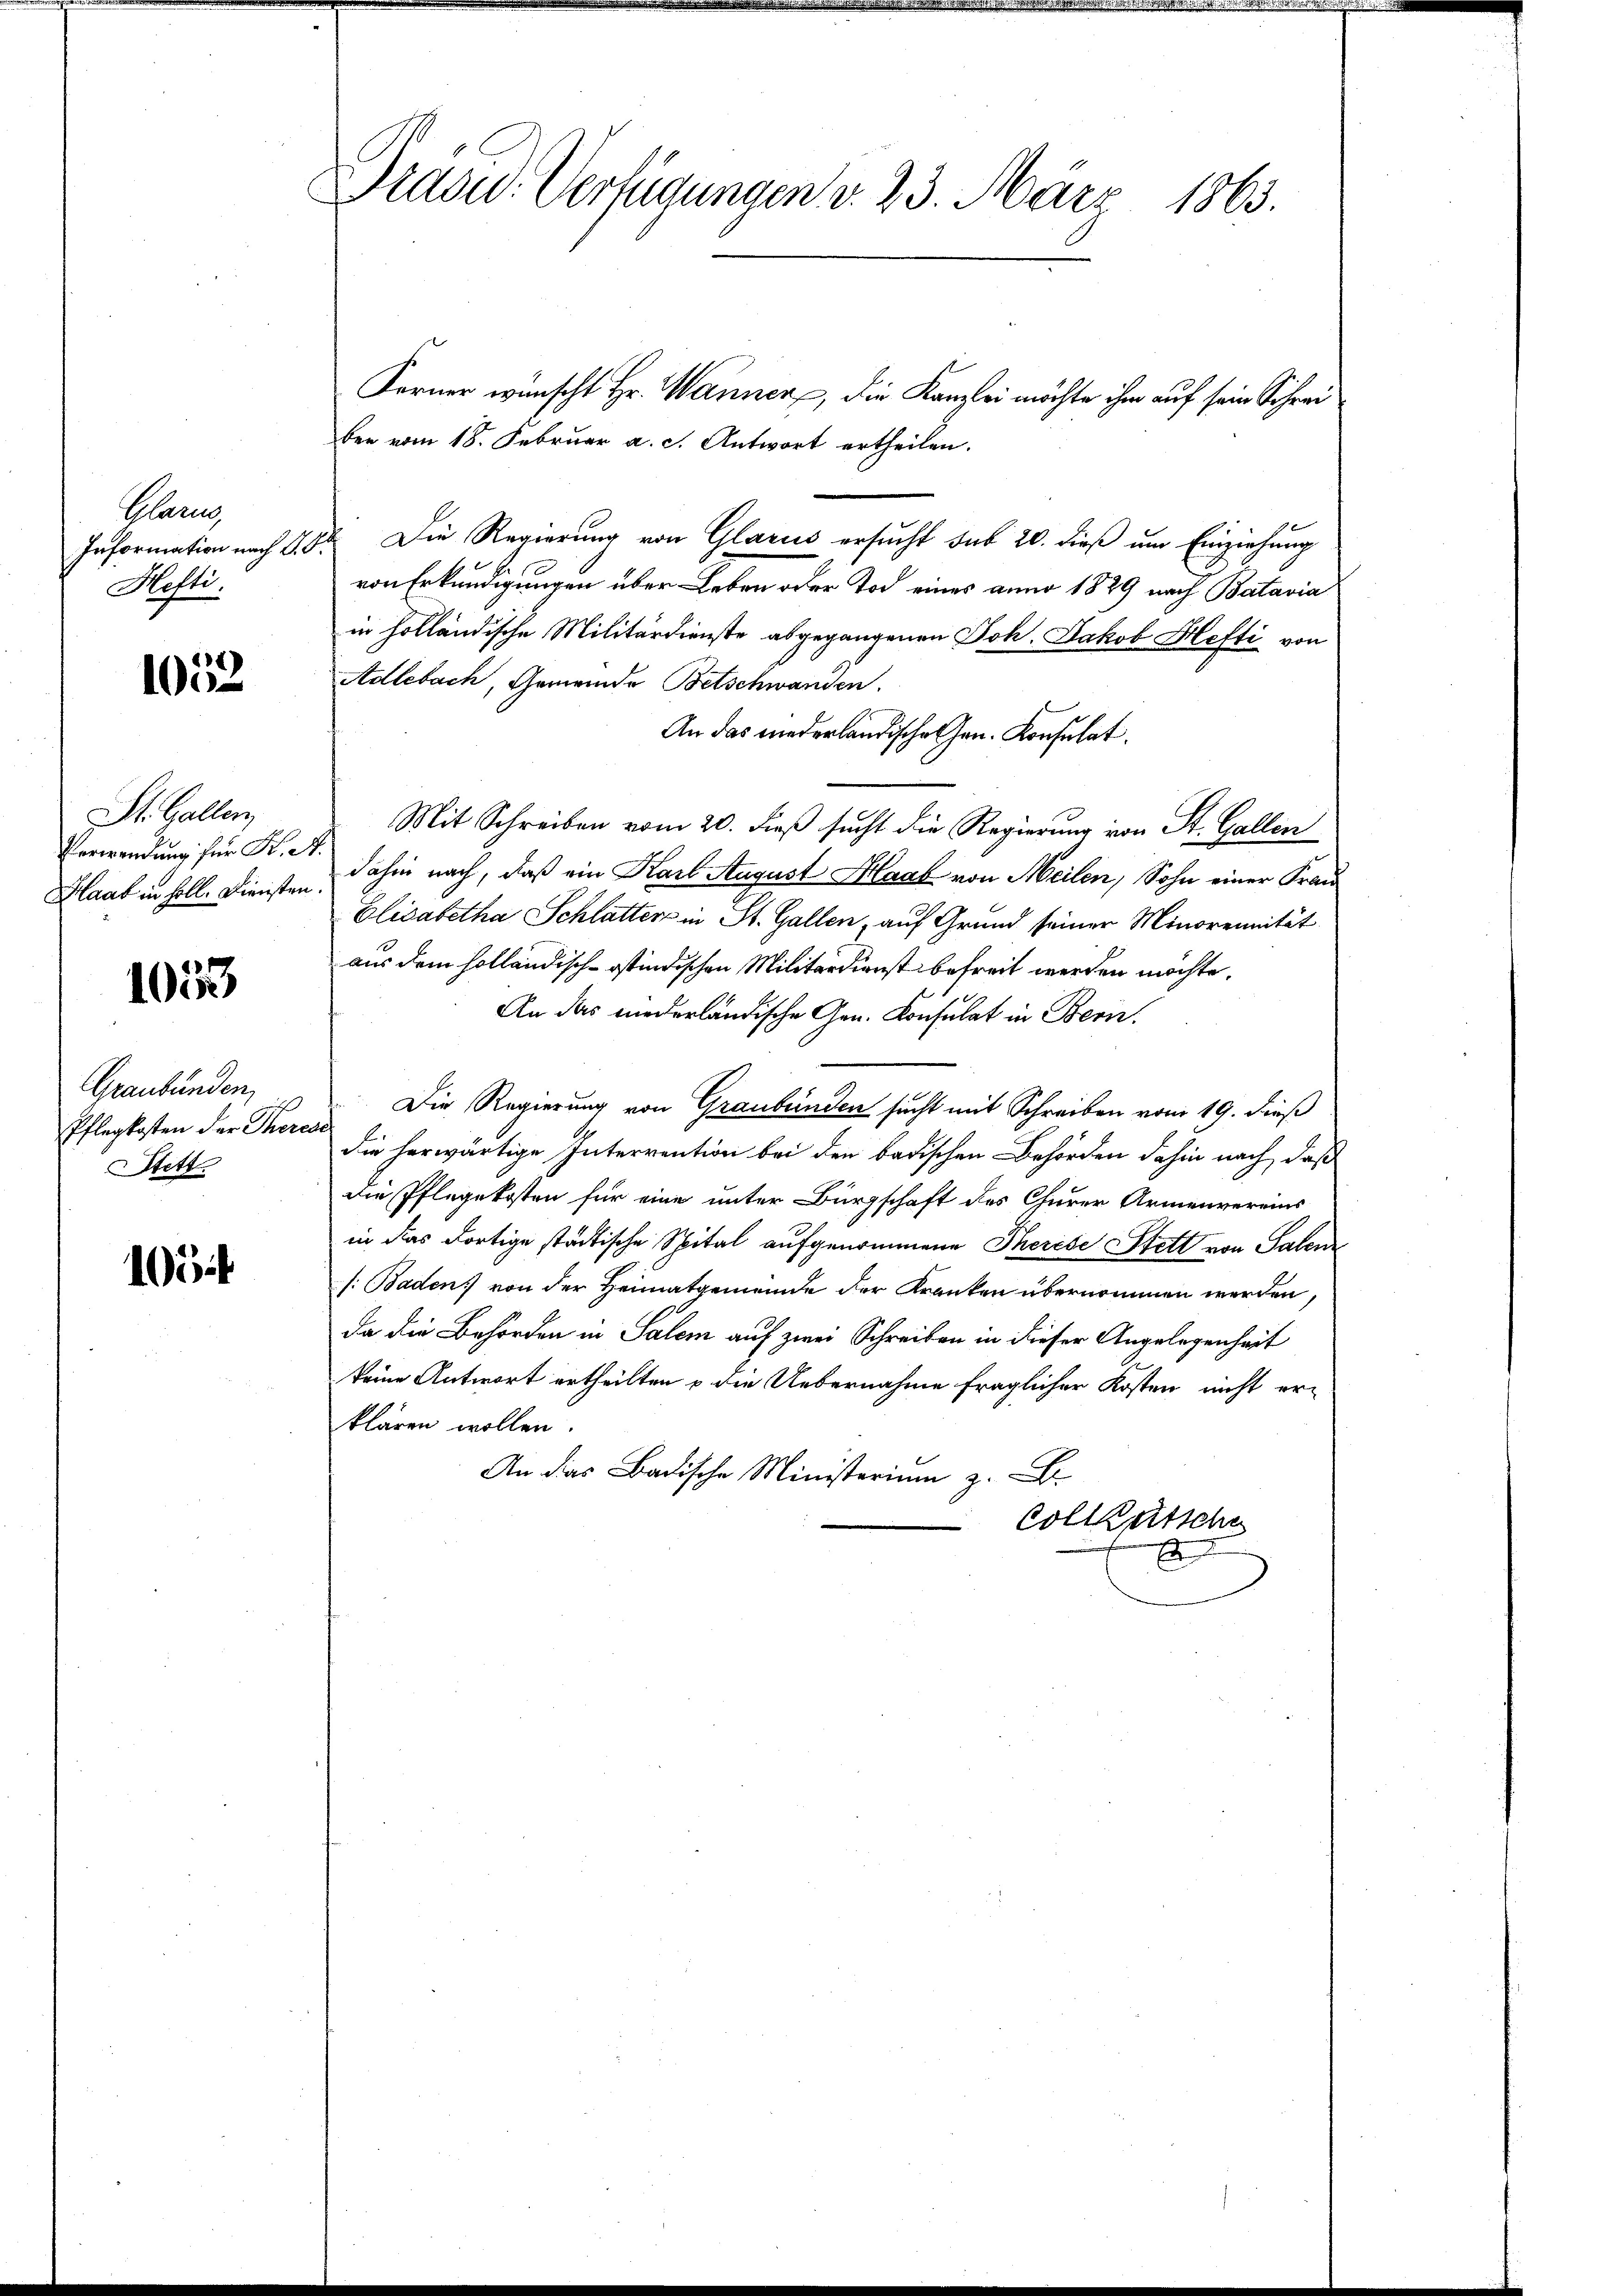
Mar
Information nach 2.
Hefti.

1052

St. Gallen
Verwendung für Sr.
Saat in soll. Diensten

1053

Graubünden,
Pflegkosten der Ther
Stett

103

rasid. Verfügungen v. 23. März 1863.

Forner wünscht Hr. Wanner, die Kanzlei möchte ihm auf sein Schrei
ber vom 18. Februar a. c. Antwort ertheilen.
 Die Regierung von Glarus ersucht sub 20. dieß um Einziehung
von Erkundigungen über Leben oder Tod eines anno 1829 nach Batavia
in holländische Militärdienste abgegangenen Joh. Jakob Hefti von
Adlebach, Gemeinde Betschwanden.
An das niederländische Gen. Konsulat
Mit Schreiben vom 20. dieß sucht die Regierung von St. Gallen
dahin nach, daß ein Karl August Haab von Meilen, Sohn einer Frau¬
Elisabetha Schlatter in St. Gallen, auf Grund seiner Minorennität
aus dem holländisch-ostindischen Militärdienst befreit werden möchte.
An das niederländische Gen. Konsulat in Bern
Die Regierung von Graubünden sucht mit Schreiben vom 19. dieß
d
die herwärtige Interrention bei den badischen Behörden dahin nach, daß
die Pflegekosten für eine unter Bürgschaft des Churer Armenvereins
in das dortige städtische Spital aufgenommene Therese Stett von Talen
/:Baden von der Heimatgemeinde der Kranken übernommen werden
da die Behörden in Salem auf zwei Schreiben in dieser Angelegenheit
keine Antwort ertheilten & die Uebernahme fraglicher Kosten nicht er-
klären wollen.
An das Badische Ministerium z. B.
Colletsche